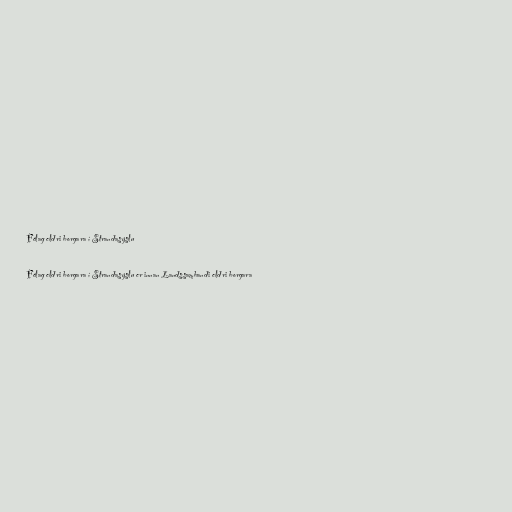
Félag eldri borgara í Strandasýslu

Félag eldri borgara í Strandasýslu er innan Landssambandi eldri borgara